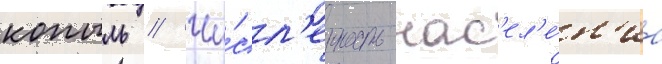
копыль // Чи́сл'енность нас'ел'е́н'иа